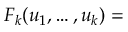
F _ { k } ( u _ { 1 } , \dots , u _ { k } ) =